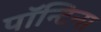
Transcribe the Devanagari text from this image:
पॉन्टिन्स